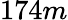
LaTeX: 174m